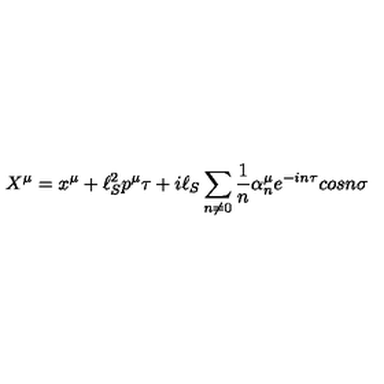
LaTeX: X ^ { \mu } = x ^ { \mu } + \ell _ { S } ^ { 2 } p ^ { \mu } \tau + i \ell _ { S } \sum _ { n \ne 0 } \frac { 1 } { n } \alpha _ { n } ^ { \mu } e ^ { - i n \tau } c o s n \sigma